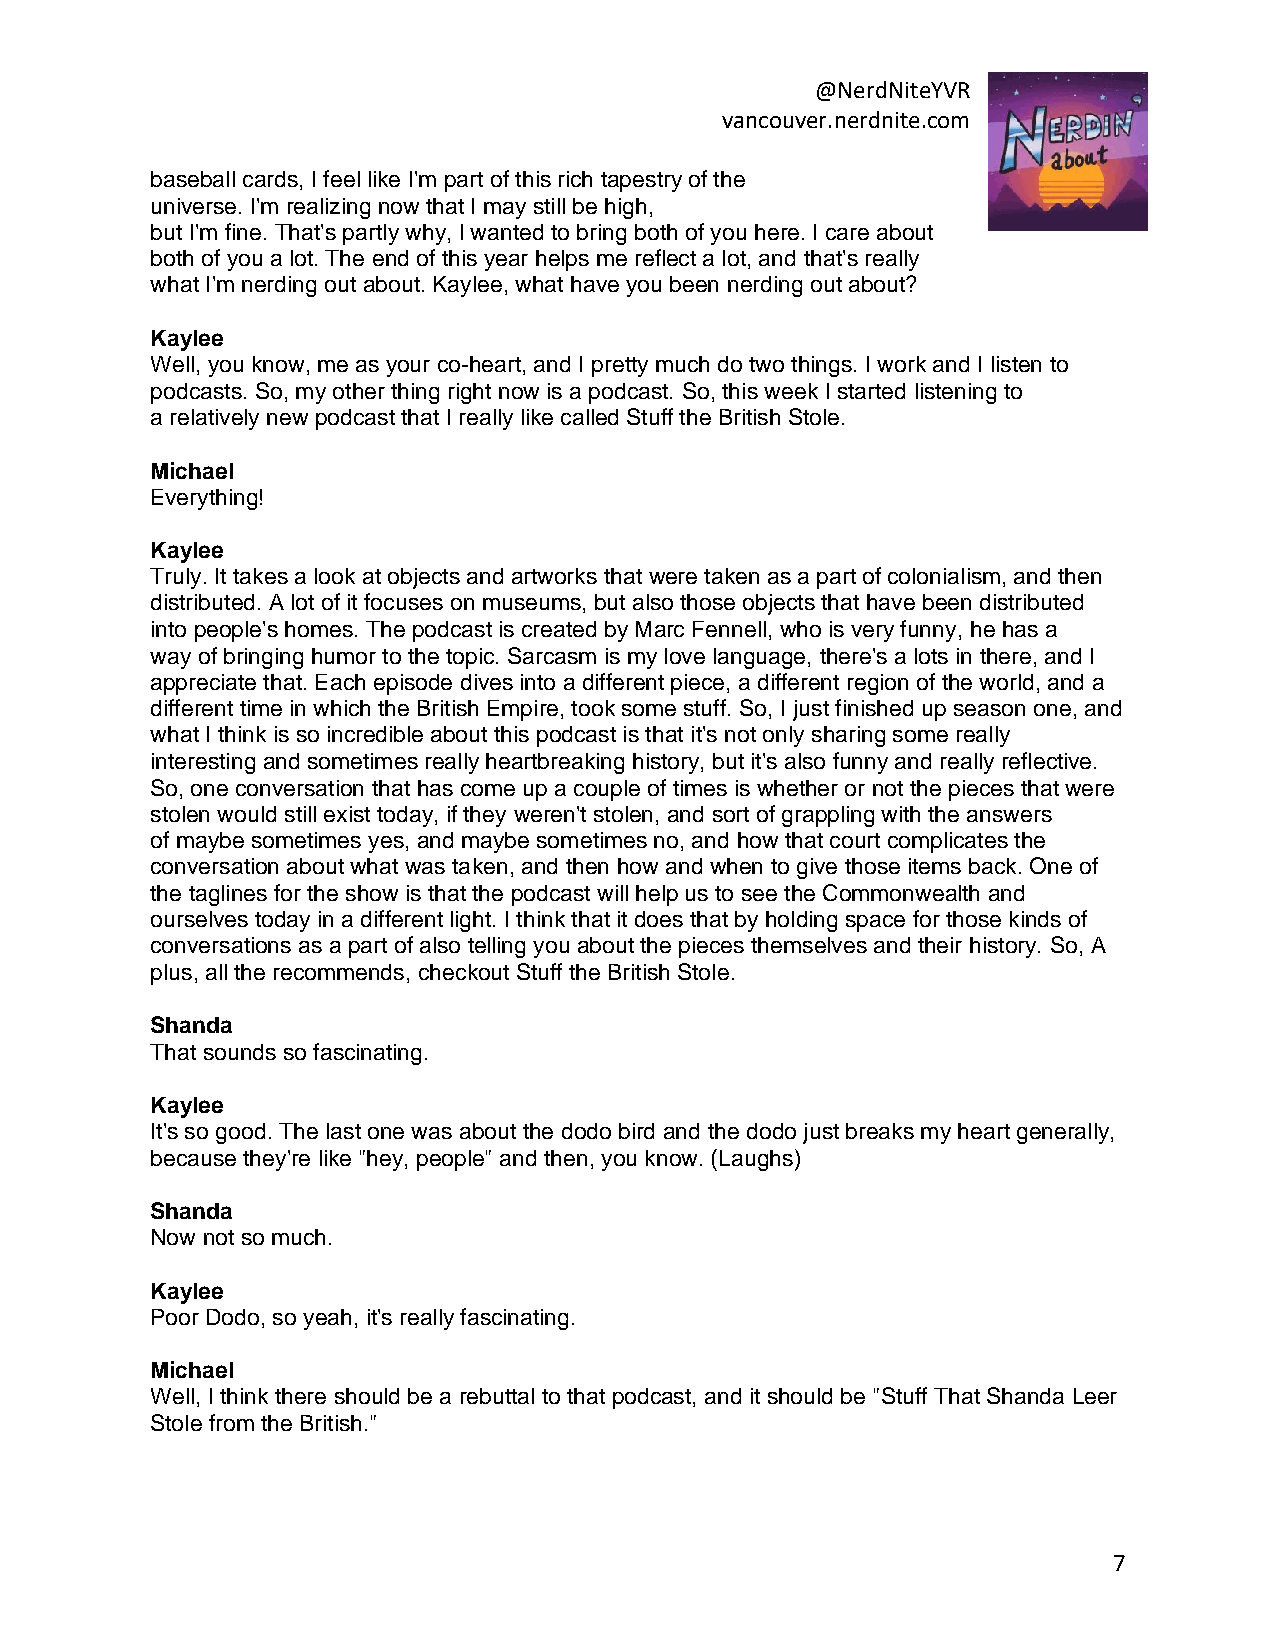
@NerdNiteYVR
 vancouver.nerdnite.com
 baseball cards, I feel like I'm part of this rich tapestry of the
 universe. I'm realizing now that I may still be high,
 but I'm fine. That's partly why, I wanted to bring both of you here. I care about
 both of you a lot. The end of this year helps me reflect a lot, and that's really
 what I'm nerding out about. Kaylee, what have you been nerding out about?
 Kaylee
 Well, you know, me as your co-heart, and I pretty much do two things. I work and I listen to
 podcasts. So, my other thing right now is a podcast. So, this week I started listening to
 a relatively new podcast that I really like called Stuff the British Stole.
 Michael
 Everything!
 Kaylee
 Truly. It takes a look at objects and artworks that were taken as a part of colonialism, and then
 distributed. A lot of it focuses on museums, but also those objects that have been distributed
 into people's homes. The podcast is created by Marc Fennell, who is very funny, he has a
 way of bringing humor to the topic. Sarcasm is my love language, there's a lots in there, and I
 appreciate that. Each episode dives into a different piece, a different region of the world, and a
 different time in which the British Empire, took some stuff. So, I just finished up season one, and
 what I think is so incredible about this podcast is that it's not only sharing some really
 interesting and sometimes really heartbreaking history, but it's also funny and really reflective.
 So, one conversation that has come up a couple of times is whether or not the pieces that were
 stolen would still exist today, if they weren't stolen, and sort of grappling with the answers
 of maybe sometimes yes, and maybe sometimes no, and how that court complicates the
 conversation about what was taken, and then how and when to give those items back. One of
 the taglines for the show is that the podcast will help us to see the Commonwealth and
 ourselves today in a different light. I think that it does that by holding space for those kinds of
 conversations as a part of also telling you about the pieces themselves and their history. So, A
 plus, all the recommends, checkout Stuff the British Stole.
 Shanda
 That sounds so fascinating.
 Kaylee
 It's so good. The last one was about the dodo bird and the dodo just breaks my heart generally,
 because they're like "hey, people" and then, you know. (Laughs)
 Shanda
 Now not so much.
 Kaylee
 Poor Dodo, so yeah, it's really fascinating.
 Michael
 Well, I think there should be a rebuttal to that podcast, and it should be "Stuff That Shanda Leer
 Stole from the British."
 7